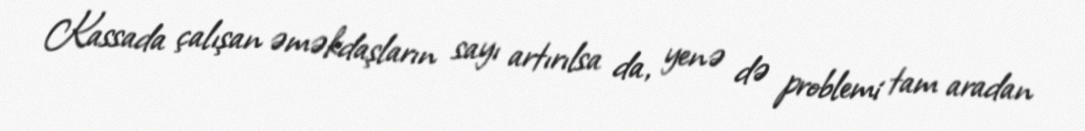
Kassada çalışan əməkdaşların sayı artırılsa da, yenə də problemi tam aradan